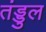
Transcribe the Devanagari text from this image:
तंड्डुल